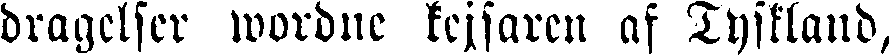
dragelser wordne kejsaren af Tyskland,